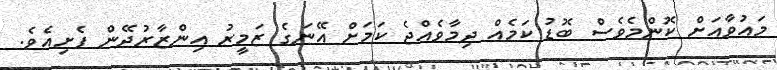
މައުވާއަށް ކޮންމެވެސް ބޮޑު ކަމެއް ދިމާވެއްޖެ ކަމަށް އޭނަގެ ޒަމީރު އިންޒާރުދޭން ފެށިއެވެ.